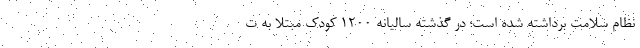
نظام سلامت برداشته شده است؛ در گذشته سالیانه ١٢٠٠ کودک مبتلا به ت